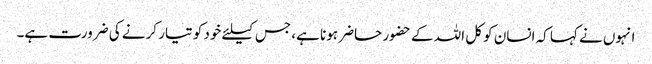
انہوں نے کہا کہ انسان کو کل اللہ کے حضور حاضر ہونا ہے، جس کیلئے خود کو تیار کرنے کی ضرورت ہے۔